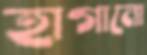
হাগানো